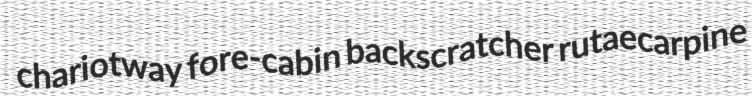
chariotway fore-cabin backscratcher rutaecarpine